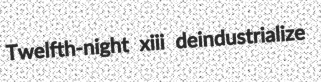
Twelfth-night xiii deindustrialize